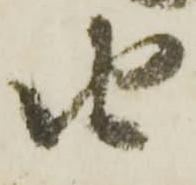
由